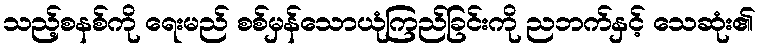
သည့်စနစ်ကို ရေးမည် စစ်မှန်သောယုံကြည်ခြင်းကို ညဘက်နှင့် သေဆုံး၏